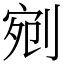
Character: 剜